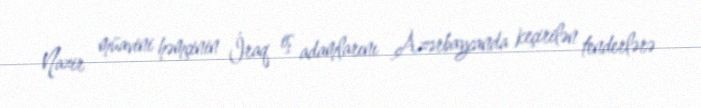
Nazir müavini həmçinin İraq iş adamlarını Azərbaycanda keçirilən tenderlərə